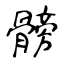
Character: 髈